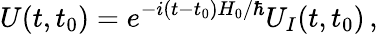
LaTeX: U(t,t_{0})=e^{-i(t-t_{0})H_{0}/\hbar}U_{I}(t,t_{0})\, ,